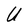
Character: U